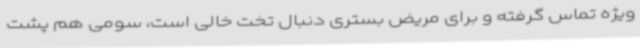
ویژه تماس گرفته و برای مریض بستری دنبال تخت خالی است، سومی هم پشت